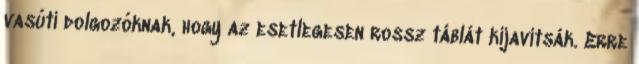
vasúti dolgozóknak, hogy az esetlegesen rossz táblát kijavítsák. Erre